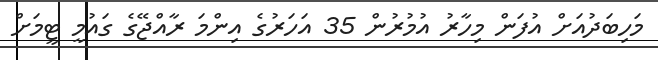
މަހިބަދުއަށް އުފަން މިހާރު އުމުރުން 35 އަހަރުގެ އިންމަ ރާއްޖޭގެ ގައުމީ ޓީމަށް